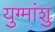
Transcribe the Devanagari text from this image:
युग्मांशु